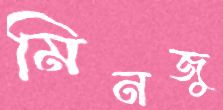
মিনজু